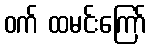
ဝက် ထမင်းကြော်